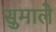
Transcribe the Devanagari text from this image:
सुमाले